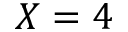
X = 4